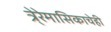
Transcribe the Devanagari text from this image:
त्रे्रेमासिकाचेही